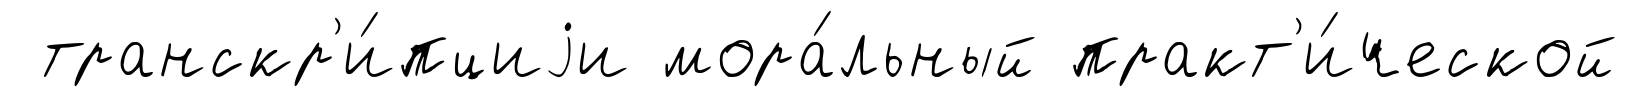
транскр'и́пциjи мора́льный практ'и́ческой